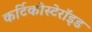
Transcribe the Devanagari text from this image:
कर्टिकोस्टेरॉइड